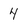
Character: 4